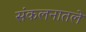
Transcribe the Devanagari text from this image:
संकलनातले